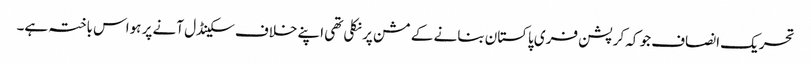
تحریک انصاف جو کہ کرپشن فری پاکستان بنانے کے مشن پر نکلی تھی اپنے خلاف سکینڈل آنے پر ہواس باختہ ہے۔